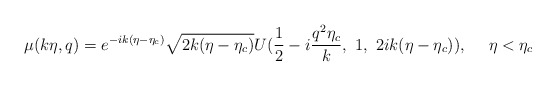
\begin{align*}\mu(k\eta,q)= e^{-ik(\eta-\eta_c)} \sqrt{2k(\eta-\eta_c)}U(\frac{1}{2}-i\frac{q^2\eta_c}{k},~1,~2ik(\eta-\eta_c)),~~~~\eta<\eta_c\end{align*}